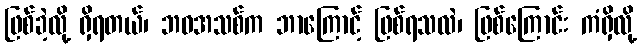
ဖြစ်ခဲ့လို့ ရှိရတယ်၊ ဘဝအသစ်က ဘာကြောင့် ဖြစ်ရသလဲ၊ ဖြစ်ကြောင်း ကံရှိလို့